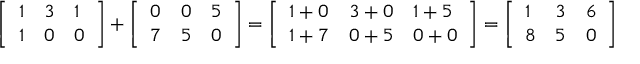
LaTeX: { \left[ \begin{array} { l l l } { 1 } & { 3 } & { 1 } \\ { 1 } & { 0 } & { 0 } \end{array} \right] } + { \left[ \begin{array} { l l l } { 0 } & { 0 } & { 5 } \\ { 7 } & { 5 } & { 0 } \end{array} \right] } = { \left[ \begin{array} { l l l } { 1 + 0 } & { 3 + 0 } & { 1 + 5 } \\ { 1 + 7 } & { 0 + 5 } & { 0 + 0 } \end{array} \right] } = { \left[ \begin{array} { l l l } { 1 } & { 3 } & { 6 } \\ { 8 } & { 5 } & { 0 } \end{array} \right] }